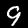
Digit: 9